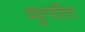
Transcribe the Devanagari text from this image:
व्युत्पतित